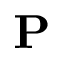
\bf { P }